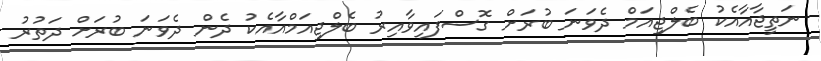
ނަތީޖާއާއެކު ބެލްޖިއަމް ދެވަނަ ބުރަށް ގޮސްފައިވާއިރު ބެލްޖިއަމްއާއެކު ދެން ދެވަނަ ބުރަށް ދަތުރު